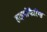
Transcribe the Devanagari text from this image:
हाइपोफैरिंग्स